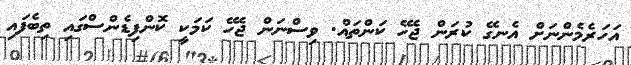
އަހަރެމެންނަށް އެނގޭ ކުރަން ޖެހޭ ކަންތައް. ވިސްނަން ޖެހޭ ކަމަކީ ކޮންފިޑެންސްގައި ތިބެފައި